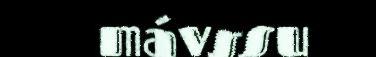
mávssu